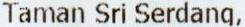
TAMAN SRI SERDANG,